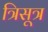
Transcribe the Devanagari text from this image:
त्रिसूत्र